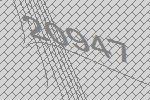
20947